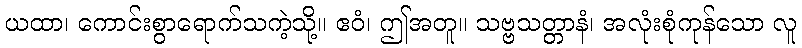
ယထာ၊ ကောင်းစွာရောက်သကဲ့သို့။ ဧဝံ၊ ဤအတူ။ သဗ္ဗသတ္တာနံ၊ အလုံးစုံကုန်သော လူ